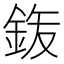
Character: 𮡴